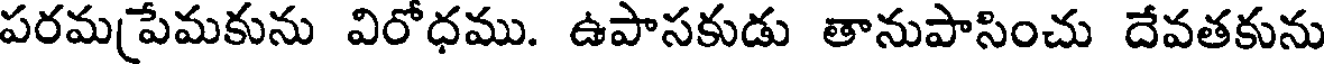
పరమ(పేమకును విరోధము. ఉపాసకుడు తానుపాసించు దేవతకును